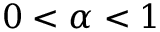
0 < \alpha < 1